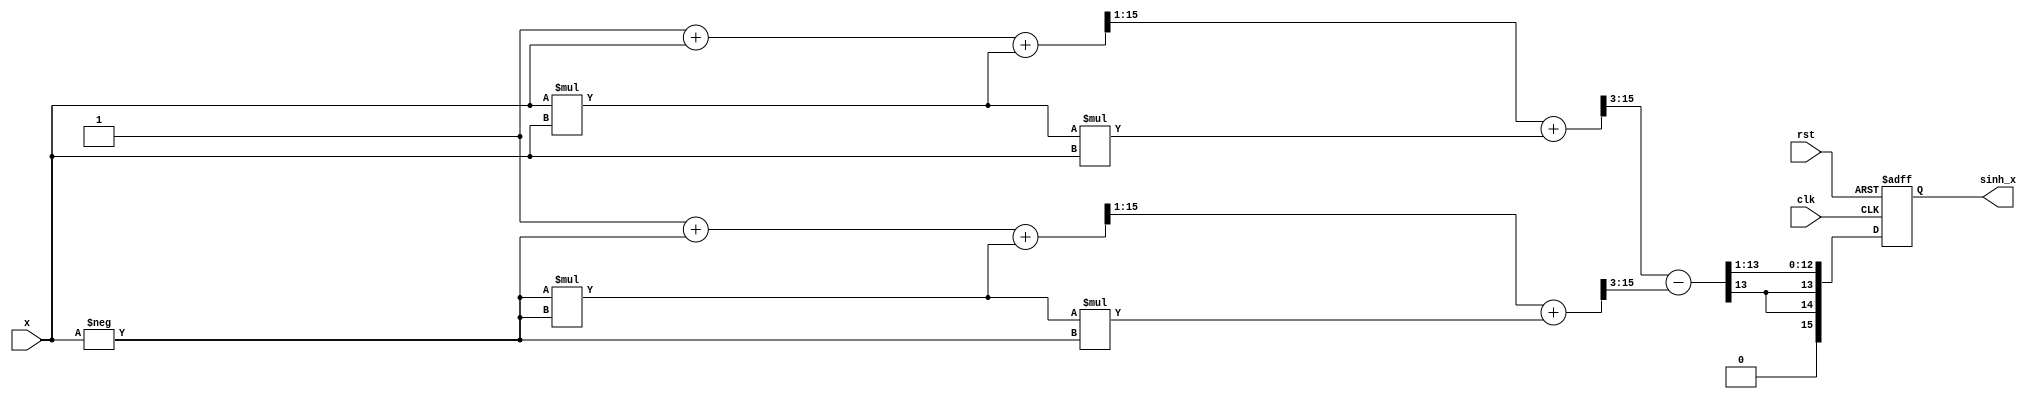
module sinh_arithmetic_block (
    input wire [15:0] x,          // Input signal (fixed-point representation)
    output reg [15:0] sinh_x,     // Output signal (fixed-point representation)
    input wire clk,               // Clock signal
    input wire rst                // Reset signal
);

    // Internal signals
    wire [15:0] exp_x;            // e^x
    wire [15:0] exp_neg_x;        // e^(-x)
    wire [15:0] exp_diff;         // e^x - e^(-x)
    wire [15:0] exp_diff_div_2;   // (e^x - e^(-x)) / 2

    // Exponential function approximator (simple polynomial approximation)
    function [15:0] exp_approx;
        input [15:0] value;
        reg [15:0] result;
        begin
            // Simple polynomial approximation for e^x
            // e^x  1 + x + x^2/2! + x^3/3! (limited to a few terms for simplicity)
            result = 16'h0001; // Start with 1
            result = result + value; // + x
            result = result + (value * value) >> 1; // + x^2/2
            result = result + (value * value * value) >> 3; // + x^3/6
            exp_approx = result;
        end
    endfunction

    // Compute e^x and e^(-x)
    assign exp_x = exp_approx(x);
    assign exp_neg_x = exp_approx(-x);

    // Compute e^x - e^(-x)
    assign exp_diff = exp_x - exp_neg_x;

    // Compute (e^x - e^(-x)) / 2
    assign exp_diff_div_2 = exp_diff >> 1; // Divide by 2 using right shift

    // Sequential logic to update output
    always @(posedge clk or posedge rst) begin
        if (rst) begin
            sinh_x <= 16'h0000; // Reset output
        end else begin
            sinh_x <= exp_diff_div_2; // Update output with computed value
        end
    end

endmodule